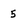
Character: 5